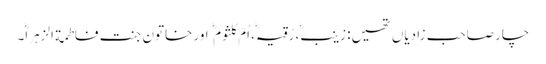
چار صاحب زادیاں تھیں: زینب، رُقیہ، اُمّ کلثوم اور خاتونِ جنت فاطمة الزہرا۔